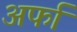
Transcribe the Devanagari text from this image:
अर्फा